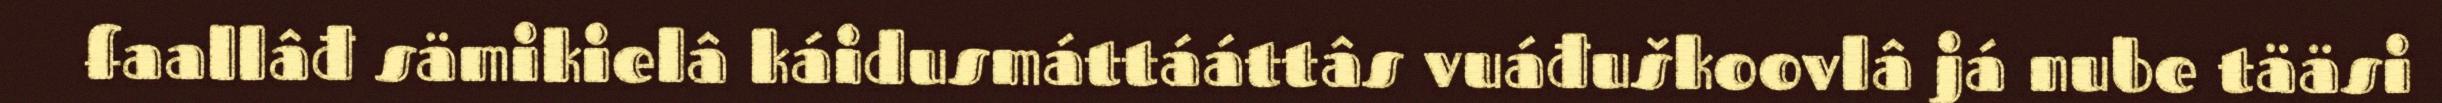
faallâđ sämikielâ káidusmáttááttâs vuáđuškoovlâ já nube tääsi